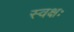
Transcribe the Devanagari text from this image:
स्वक्षः